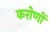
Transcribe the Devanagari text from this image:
करोणों